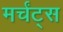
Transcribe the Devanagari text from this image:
मर्चंट्‌स